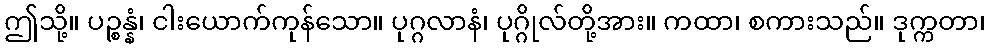
ဤသို့။ ပဉ္စန္နံ၊ ငါးယောက်ကုန်သော။ ပုဂ္ဂလာနံ၊ ပုဂ္ဂိုလ်တို့အား။ ကထာ၊ စကားသည်။ ဒုက္ကတာ၊